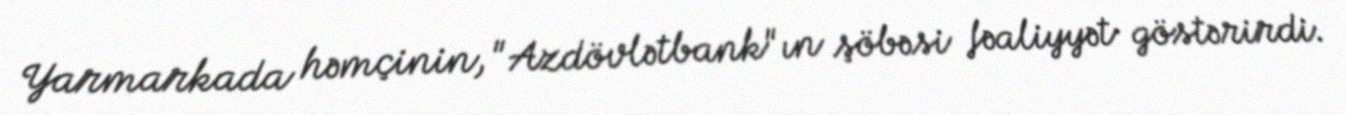
Yarmarkada həmçinin, "Azdövlətbank"ın şöbəsi fəaliyyət göstərirdi.